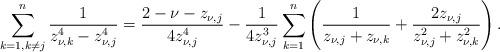
LaTeX: \begin{align*} \sum_{{k=1,k\neq j}}^n\dfrac{1}{z_{\nu,k}^4-z_{\nu,j}^4}=\dfrac{2-\nu-z_{\nu,j}}{4z_{\nu,j}^4}-\dfrac{1}{4z_{\nu,j}^3} \sum_{k=1}^n\left(\dfrac{1}{z_{\nu,j}+z_{\nu,k}}+\dfrac{2z_{\nu,j}}{z_{\nu,j}^2+z_{\nu,k}^2}\right).\end{align*}